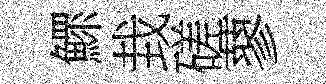
鰥㘽磋蓼